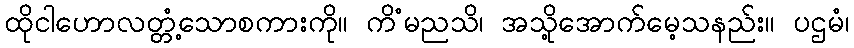
ထိုငါဟောလတ္တံ့သောစကားကို။ ကိံမညသိ၊ အသို့အောက်မေ့သနည်း။ ပဌမံ၊